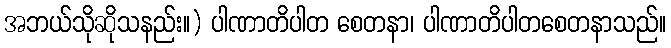
အဘယ်သိုဆိုသနည်း။) ပါဏာတိပါတ စေတနာ၊ ပါဏာတိပါတစေတနာသည်။